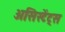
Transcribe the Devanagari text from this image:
असिस्टेंट्स